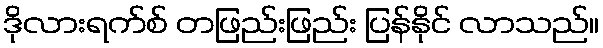
ဒိုလားရက်စ် တဖြည်းဖြည်း ပြန်နိုင် လာသည်။